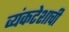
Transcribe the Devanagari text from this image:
व्यंकटेशाची